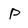
Character: P